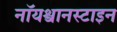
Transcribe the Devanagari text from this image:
नॉयश्वानस्टाइन